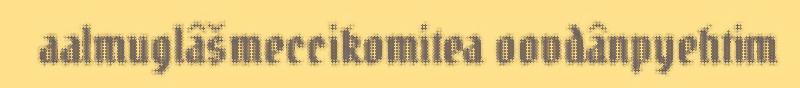
aalmuglâšmeccikomitea oovdânpyehtim